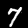
Digit: 7